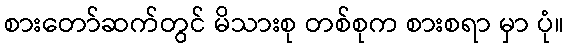
စားတော်ဆက်တွင် မိသားစု တစ်စုက စားစရာ မှာ ပုံ။